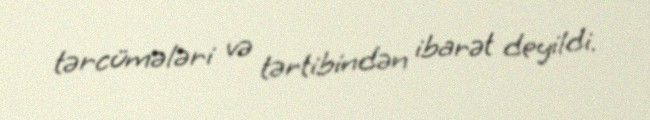
tərcümələri və tərtibindən ibarət deyildi.